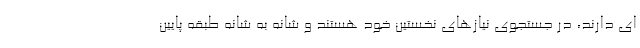
ای دارند، در جستجوی نیازهای نخستین خود هستند و شانه به شانه طبقه پایین